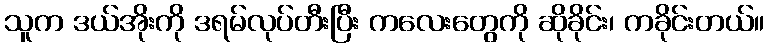
သူက ဒယ်အိုးကို ဒရမ်လုပ်တီးပြီး ကလေးတွေကို ဆိုခိုင်း၊ ကခိုင်းတယ်။